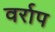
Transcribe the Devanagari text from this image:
वर्राप